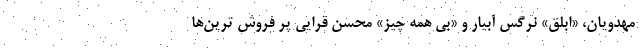
مهدویان، «ابلق» نرگس آبیار و «بی همه چیز» محسن قرایی پر فروش ترین‌ها